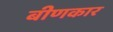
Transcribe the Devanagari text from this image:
बीणकार